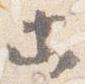
等